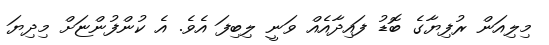
މިލިއަން ރުފިޔާގެ ބޮޑު ފައިދާއެއް ވަނީ ލިބިފަ އެވެ. އެ ކުންފުންޏަށް މިދިޔަ